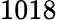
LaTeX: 1018